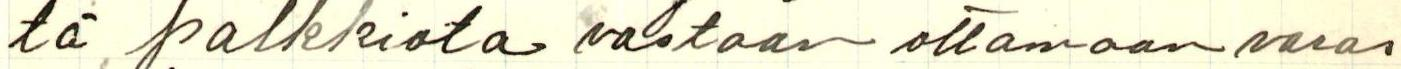
tä palkkiota vastaan ottamaan varas